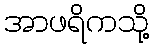
အာဖရိကသို့